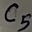
Text: C5